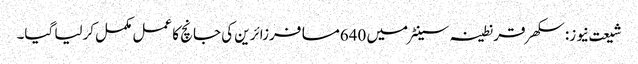
شیعت نیوز: سکھر قرنطینہ سینٹرمیں 640مسافرزائرین کی جانچ کا عمل مکمل کرلیا گیا۔